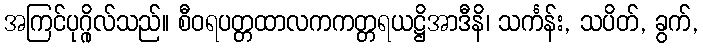
အကြင်ပုဂ္ဂိုလ်သည်။ စီဝရပတ္တထာလကကတ္တရယဋ္ဌိအာဒီနိ၊ သင်္ကန်း, သပိတ်, ခွက်,